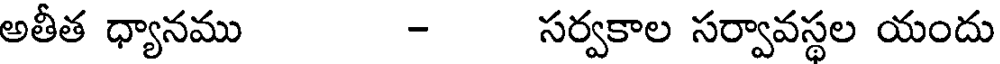
అతీత ధ్యానము - సర్వకాల సర్వావస్థల యందు